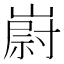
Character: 嶎